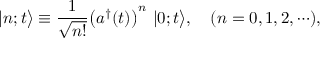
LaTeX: | n ; t \bigr > \equiv \frac { 1 } { \sqrt { n ! } } \bigl ( a ^ { \dagger } ( t ) \bigr ) ^ { n } ~ | 0 ; t \bigr > , ~ ~ ~ ( n = 0 , 1 , 2 , \cdots ) ,